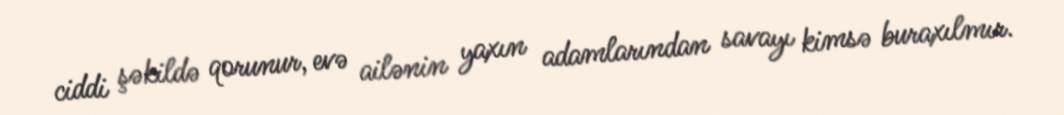
ciddi şəkildə qorunur, evə ailənin yaxın adamlarından savayı kimsə buraxılmır.